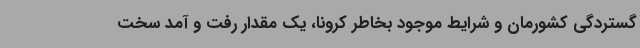
گستردگی کشورمان و شرایط موجود بخاطر کرونا، یک مقدار رفت و آمد سخت